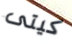
كيتى